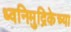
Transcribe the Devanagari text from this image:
ध्वनिमुद्रिकेच्या